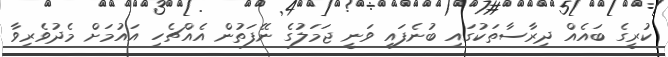
ކުރީގެ ބައެއް ދިރާސާތަކުގައި ބުނެފައި ވަނީ ޖަމަލުގެ ނޭފަތުން އެއްޗެހި އައުމަށް މެދުވެރިވާ